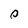
Character: 0